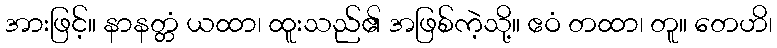
အားဖြင့်။ နာနတ္တံ ယထာ၊ ထူးသည်၏ အဖြစ်ကဲ့သို့။ ဧဝံ တထာ၊ တူ။ တေဟိ၊